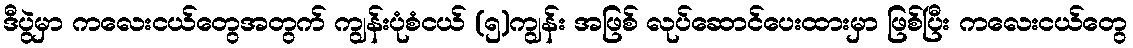
ဒီပွဲမှာ ကလေးငယ်တွေအတွက် ကျွန်းပုံစံငယ် (၅)ကျွန်း အဖြစ် လုပ်ဆောင်ပေးထားမှာ ဖြစ်ပြီး ကလေးငယ်တွေ